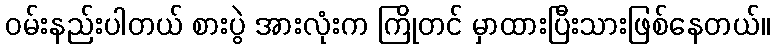
ဝမ်းနည်းပါတယ် စားပွဲ အားလုံးက ကြိုတင် မှာထားပြီးသားဖြစ်နေတယ်။